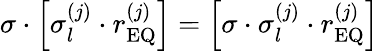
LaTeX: \sigma\cdot\left[\sigma_{l}^{\left(j\right)}\cdot r_{\mathrm{EQ}}^{\left(j\right)}\right]=\left[\sigma\cdot\sigma_{l}^{\left(j\right)}\cdot r_{\mathrm{EQ}}^{\left(j\right)}\right]